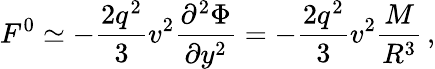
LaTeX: F^{0}\simeq-\frac{2q^{2}}3v^{2}\frac{\partial^{2}\Phi}{\partial y^{2}}=-\frac{2q^{2}}3v^{2}\frac{M}{R^{3}}\, ,